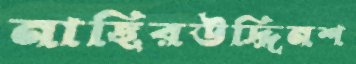
নাছিরউদ্দিনশ